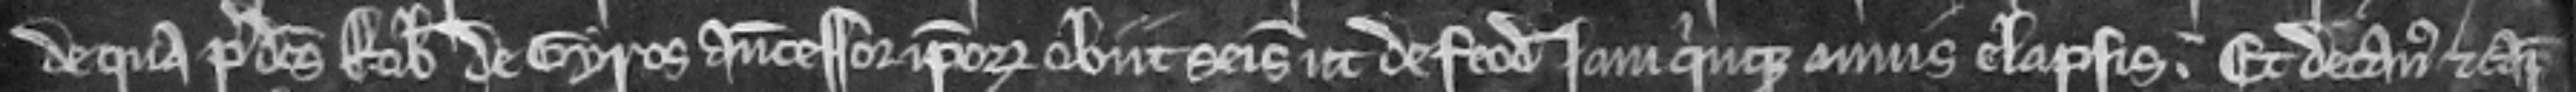
de qua predictus Robertus de Gyros antecessor ipsorum obiit seisitus ut de feodo jam quinque annis elapsis. Et decanus et capitulum